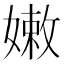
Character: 嫩